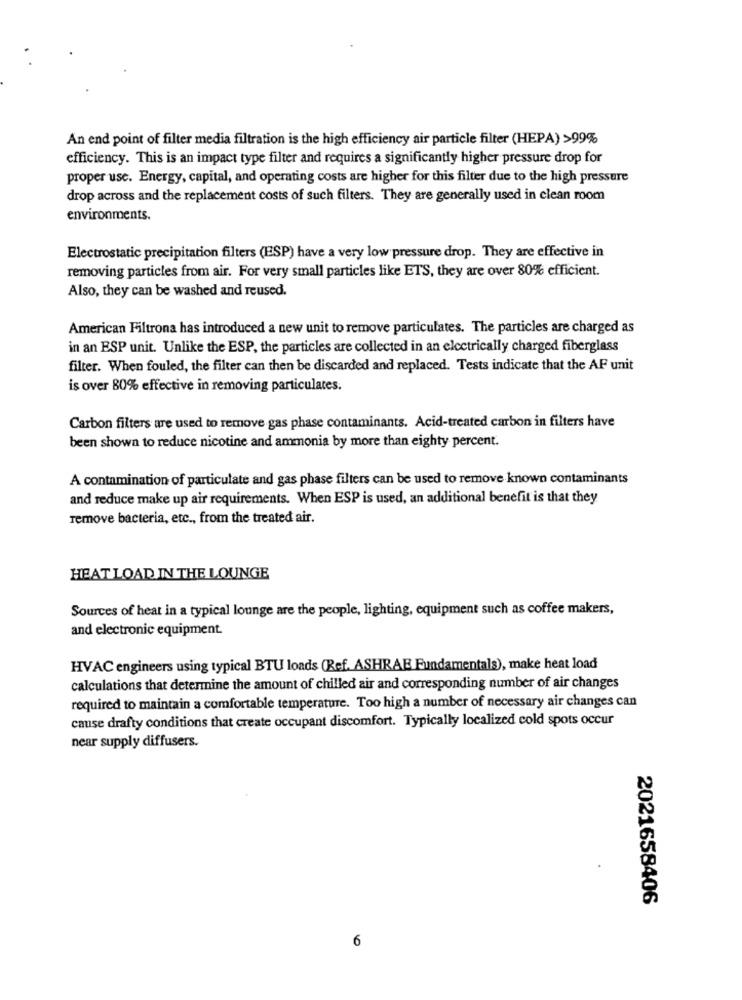
An end point of filter media filtration is the high efficiency air particle filter (HEPA) >99%
efficiency. This is an impact type filter and requires a significantly higher pressure drop for
proper use. Energy, capital, and operating costs are higher for this filter due to the high pressure
drop across and the replacement costs of such filters. They are generally used in clean room
environments.
Electrostatic precipitation filters (ESP) have a very low pressure drop. They are effective in
removing particles from air. For very small particles like ETS, they are over 80% efficient.
Also, they can be washed and reused.
American Filtrona has introduced a new unit to remove particulates. The particles are charged as
in an ESP unit. Unlike the ESP, the particles are collected in an electrically charged fiberglass
filter. When fouled, the filter can then be discarded and replaced. Tests indicate that the AF unit
is over 80% effective in removing particulates.
Carbon filters are used to remove gas phase contaminants. Acid-treated carbon in filters have
been shown to reduce nicotine and ammonia by more than eighty percent.
A contamination of particulate and gas phase filters can be used to remove known contaminants
and reduce make up air requirements. When ESP is used, an additional benefit is that they
remove bacteria, etc ., from the treated air.
HEAT LOAD IN THE LOUNGE
Sources of heat in a typical lounge are the people, lighting, equipment such as coffee makers,
and electronic equipment.
HVAC engineers using typical BTU loads (Ref. ASHRAE Fundamentals), make heat load
calculations that determine the amount of chilled air and corresponding number of air changes
required to maintain a comfortable temperature. Too high a number of necessary air changes can
cause drafty conditions that create occupant discomfort. Typically localized cold spots occur
near supply diffusers.
2021658406
6